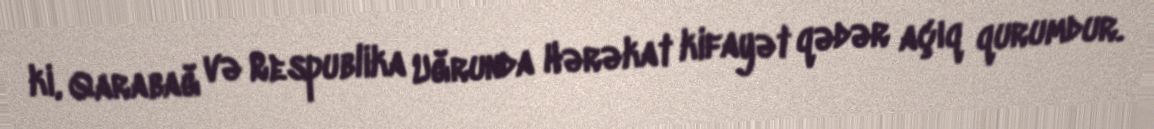
ki, Qarabağ və Respublika Uğrunda Hərəkat kifayət qədər açıq qurumdur.